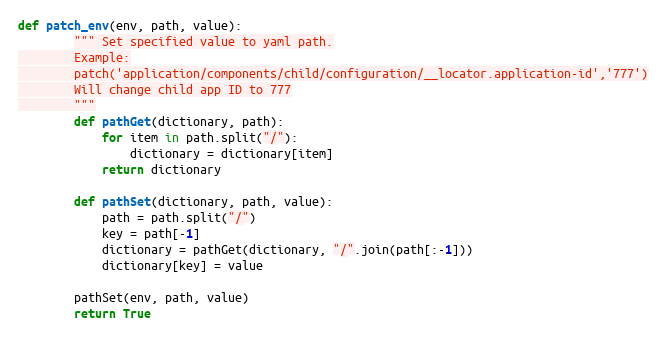
Language: Python
def patch_env(env, path, value):
        """ Set specified value to yaml path.
        Example:
        patch('application/components/child/configuration/__locator.application-id','777')
        Will change child app ID to 777
        """
        def pathGet(dictionary, path):
            for item in path.split("/"):
                dictionary = dictionary[item]
            return dictionary

        def pathSet(dictionary, path, value):
            path = path.split("/")
            key = path[-1]
            dictionary = pathGet(dictionary, "/".join(path[:-1]))
            dictionary[key] = value

        pathSet(env, path, value)
        return True